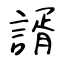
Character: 諝